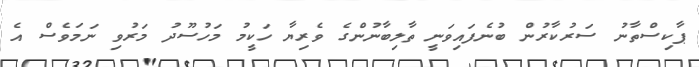
ޕާކިސްތާނު ސަރުކާރުން ބުނެފައިވަނީ ތާލިބާނުންގެ ވެރިޔާ ހަކީމު މަހުސޫދު މަރުވި ނަމަވެސް އެ